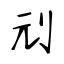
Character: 刓